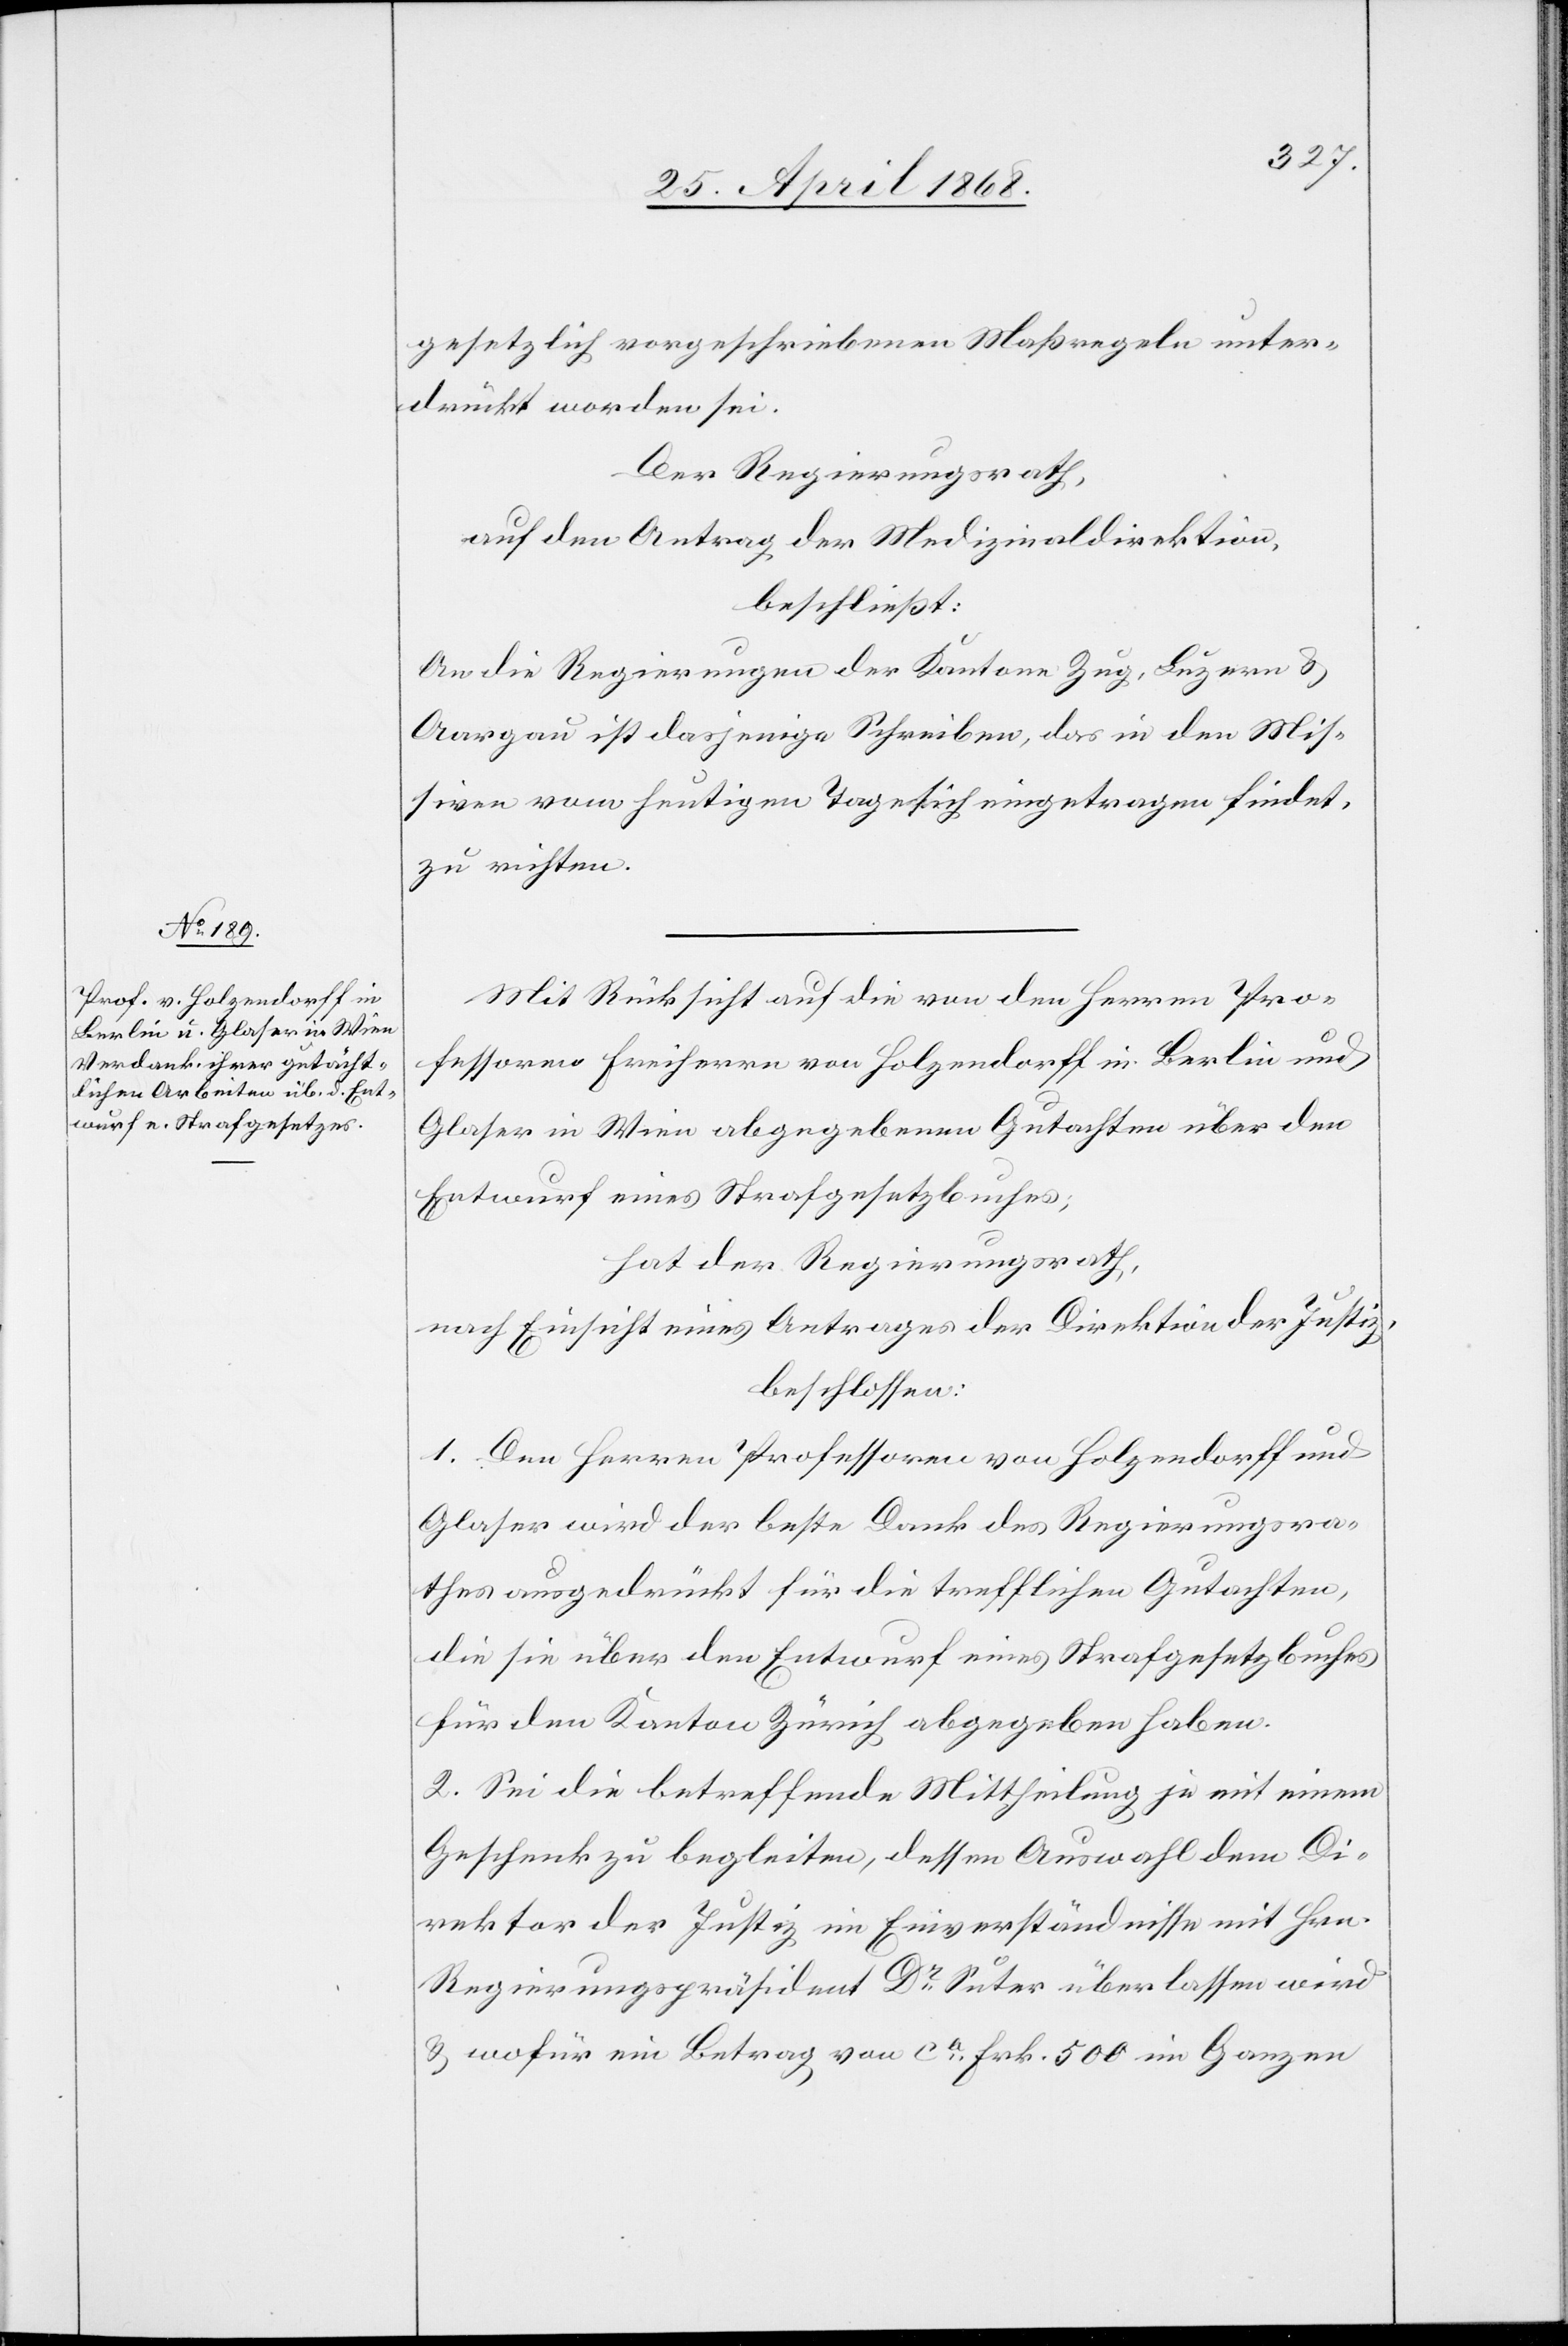
gesetzlich vorgeschriebenen Maßregeln unter¬
drückt worden sei.
Der Regierungsrath,
auf den Antrag der Medizinaldirektion,
beschließt:
An die Regierungen der Kantone Zug, Luzern &
Aargau ist dasjenige Schreiben, das in den Mis¬
siven vom heutigen Tage sich eingetragen findet,
zu richten.
Mit Rücksicht auf die von den Herren Pro¬
fessoren Freiherrn von Holzendorff in Berlin und
Glaser in Wien abgegebenen Gutachten über den
Entwurf eines Strafgesetzbuches;
hat der Regierungsrath,
nach Einsicht eines Antrages der Direktion der Justiz,
beschlossen:
1. Den Herren Professoren von Holzendorff und
Glaser wird der beste Dank des Regierungsra¬
thes ausgedrückt für die trefflichen Gutachten,
die sie über den Entwurf eines Strafgesetzbuches
für den Kanton Zürich abgegeben haben.
2. Sei die betreffende Mittheilung je mit einem
Geschenk zu begleiten, dessen Auswahl dem Di¬
rektor der Justiz im Einverständnisse mit Hrn.
Regierungspräsident Dr. Suter überlassen wird
& wofür ein Betrag von ca. Frk. 500 im Ganzen